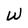
Character: W